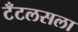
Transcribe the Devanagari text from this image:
टँटलसला